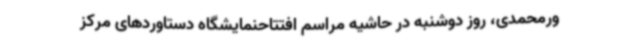
ورمحمدی، روز دوشنبه در حاشیه مراسم افتتاحنمایشگاه دستاوردهای مرکز